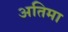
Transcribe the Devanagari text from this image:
अतिमा